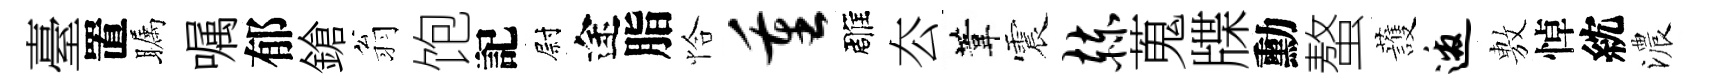
臺置瞩嘱郁鎗翁饱記尉途脂恰重雕厺葦震赫蒐牒勳螯䕶邀𢾾悼紞濃